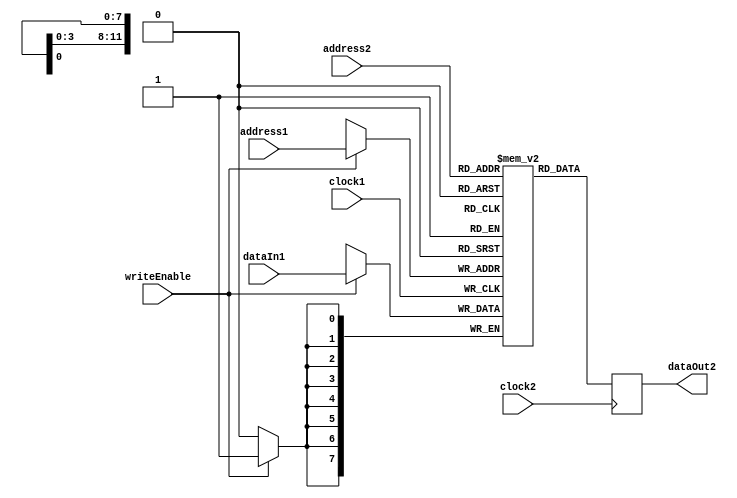
module dualPortRam4k ( input wire [11:0] address1,
                                         address2,
                       input wire        clock1,
                                         clock2,
                                         writeEnable,
                       input wire [7:0]  dataIn1,
                       output reg [7:0]  dataOut2);

  reg [7:0] memory [4095:0];
  
  always @(posedge clock1)
  begin
    if (writeEnable) memory[address1] <= dataIn1;
  end
  
  always @(posedge clock2) dataOut2 <= memory[address2];

endmodule